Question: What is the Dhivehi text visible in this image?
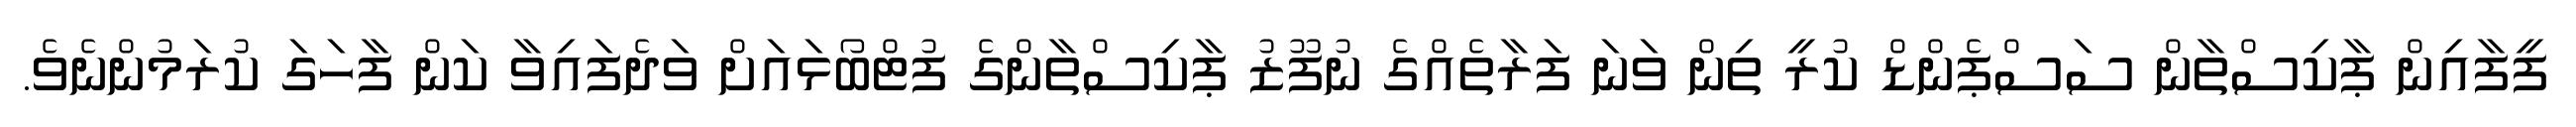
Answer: ފީފާއިން ޕާކިސްތާން ސަސްޕެންޑް ކުރީ ތިން ވަނަ ފަރާތެއްގެ ނުފޫޒު ޕާކިސްތާންގެ ފުޓްބޯޅައަށް ވަދެފައިވާ ކަން ފާހަގަ ކުރަމުންނެވެ.